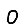
Digit: 0